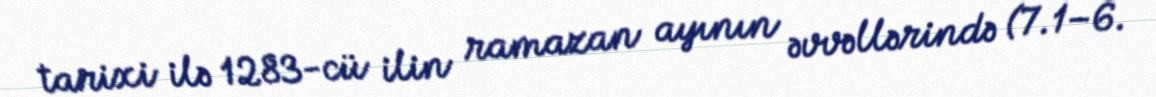
tarixi ilə 1283-cü ilin ramazan ayının əvvəllərində (7.1–6.